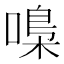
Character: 嘄